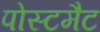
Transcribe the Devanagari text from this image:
पोस्टमैट